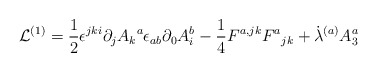
\begin{align*}{\cal L}^{(1)} = { \frac{1} {2}}{\epsilon^{jki}\partial_j{A_k}^{a}}{\epsilon_{ab}\partial_{0}{A^b_{i}}}- {\frac{1}{4}}{F^{a,jk}}{{F^a}_{jk}} +{\dot \lambda^{(a)}}{A^{a}_3}\end{align*}